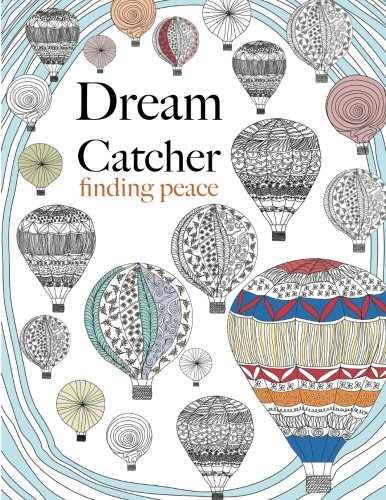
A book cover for Dream Catcher: finding peace: Anti-stress Art therapy Adult colouring for busy people; Christina Rose; Arts & Photography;